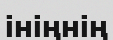
ініңнің